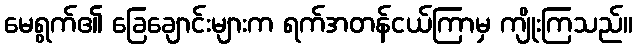
မေရွက်၏ ခြေချောင်းများက ရက်အတန်ငယ်ကြာမှ ကျိုးကြသည်။